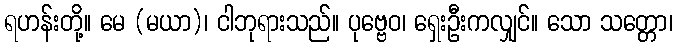
ရဟန်းတို့။ မေ (မယာ)၊ ငါဘုရားသည်။ ပုဗ္ဗေဝ၊ ရှေးဦးကလျှင်။ သော သတ္တော၊